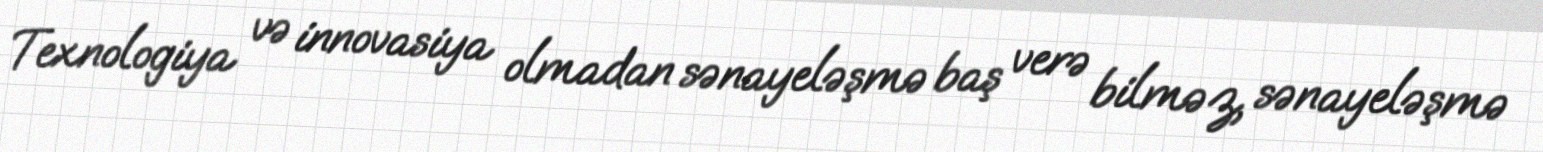
Texnologiya və innovasiya olmadan sənayeləşmə baş verə bilməz, sənayeləşmə